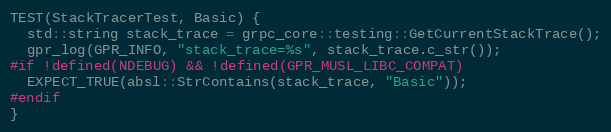
Language: C++
TEST(StackTracerTest, Basic) {
  std::string stack_trace = grpc_core::testing::GetCurrentStackTrace();
  gpr_log(GPR_INFO, "stack_trace=%s", stack_trace.c_str());
#if !defined(NDEBUG) && !defined(GPR_MUSL_LIBC_COMPAT)
  EXPECT_TRUE(absl::StrContains(stack_trace, "Basic"));
#endif
}